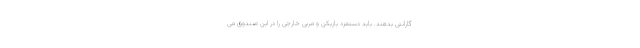
گارانتی بدهند. باید دستمزد بازیکن و مربی خارجی را در این صندوق می